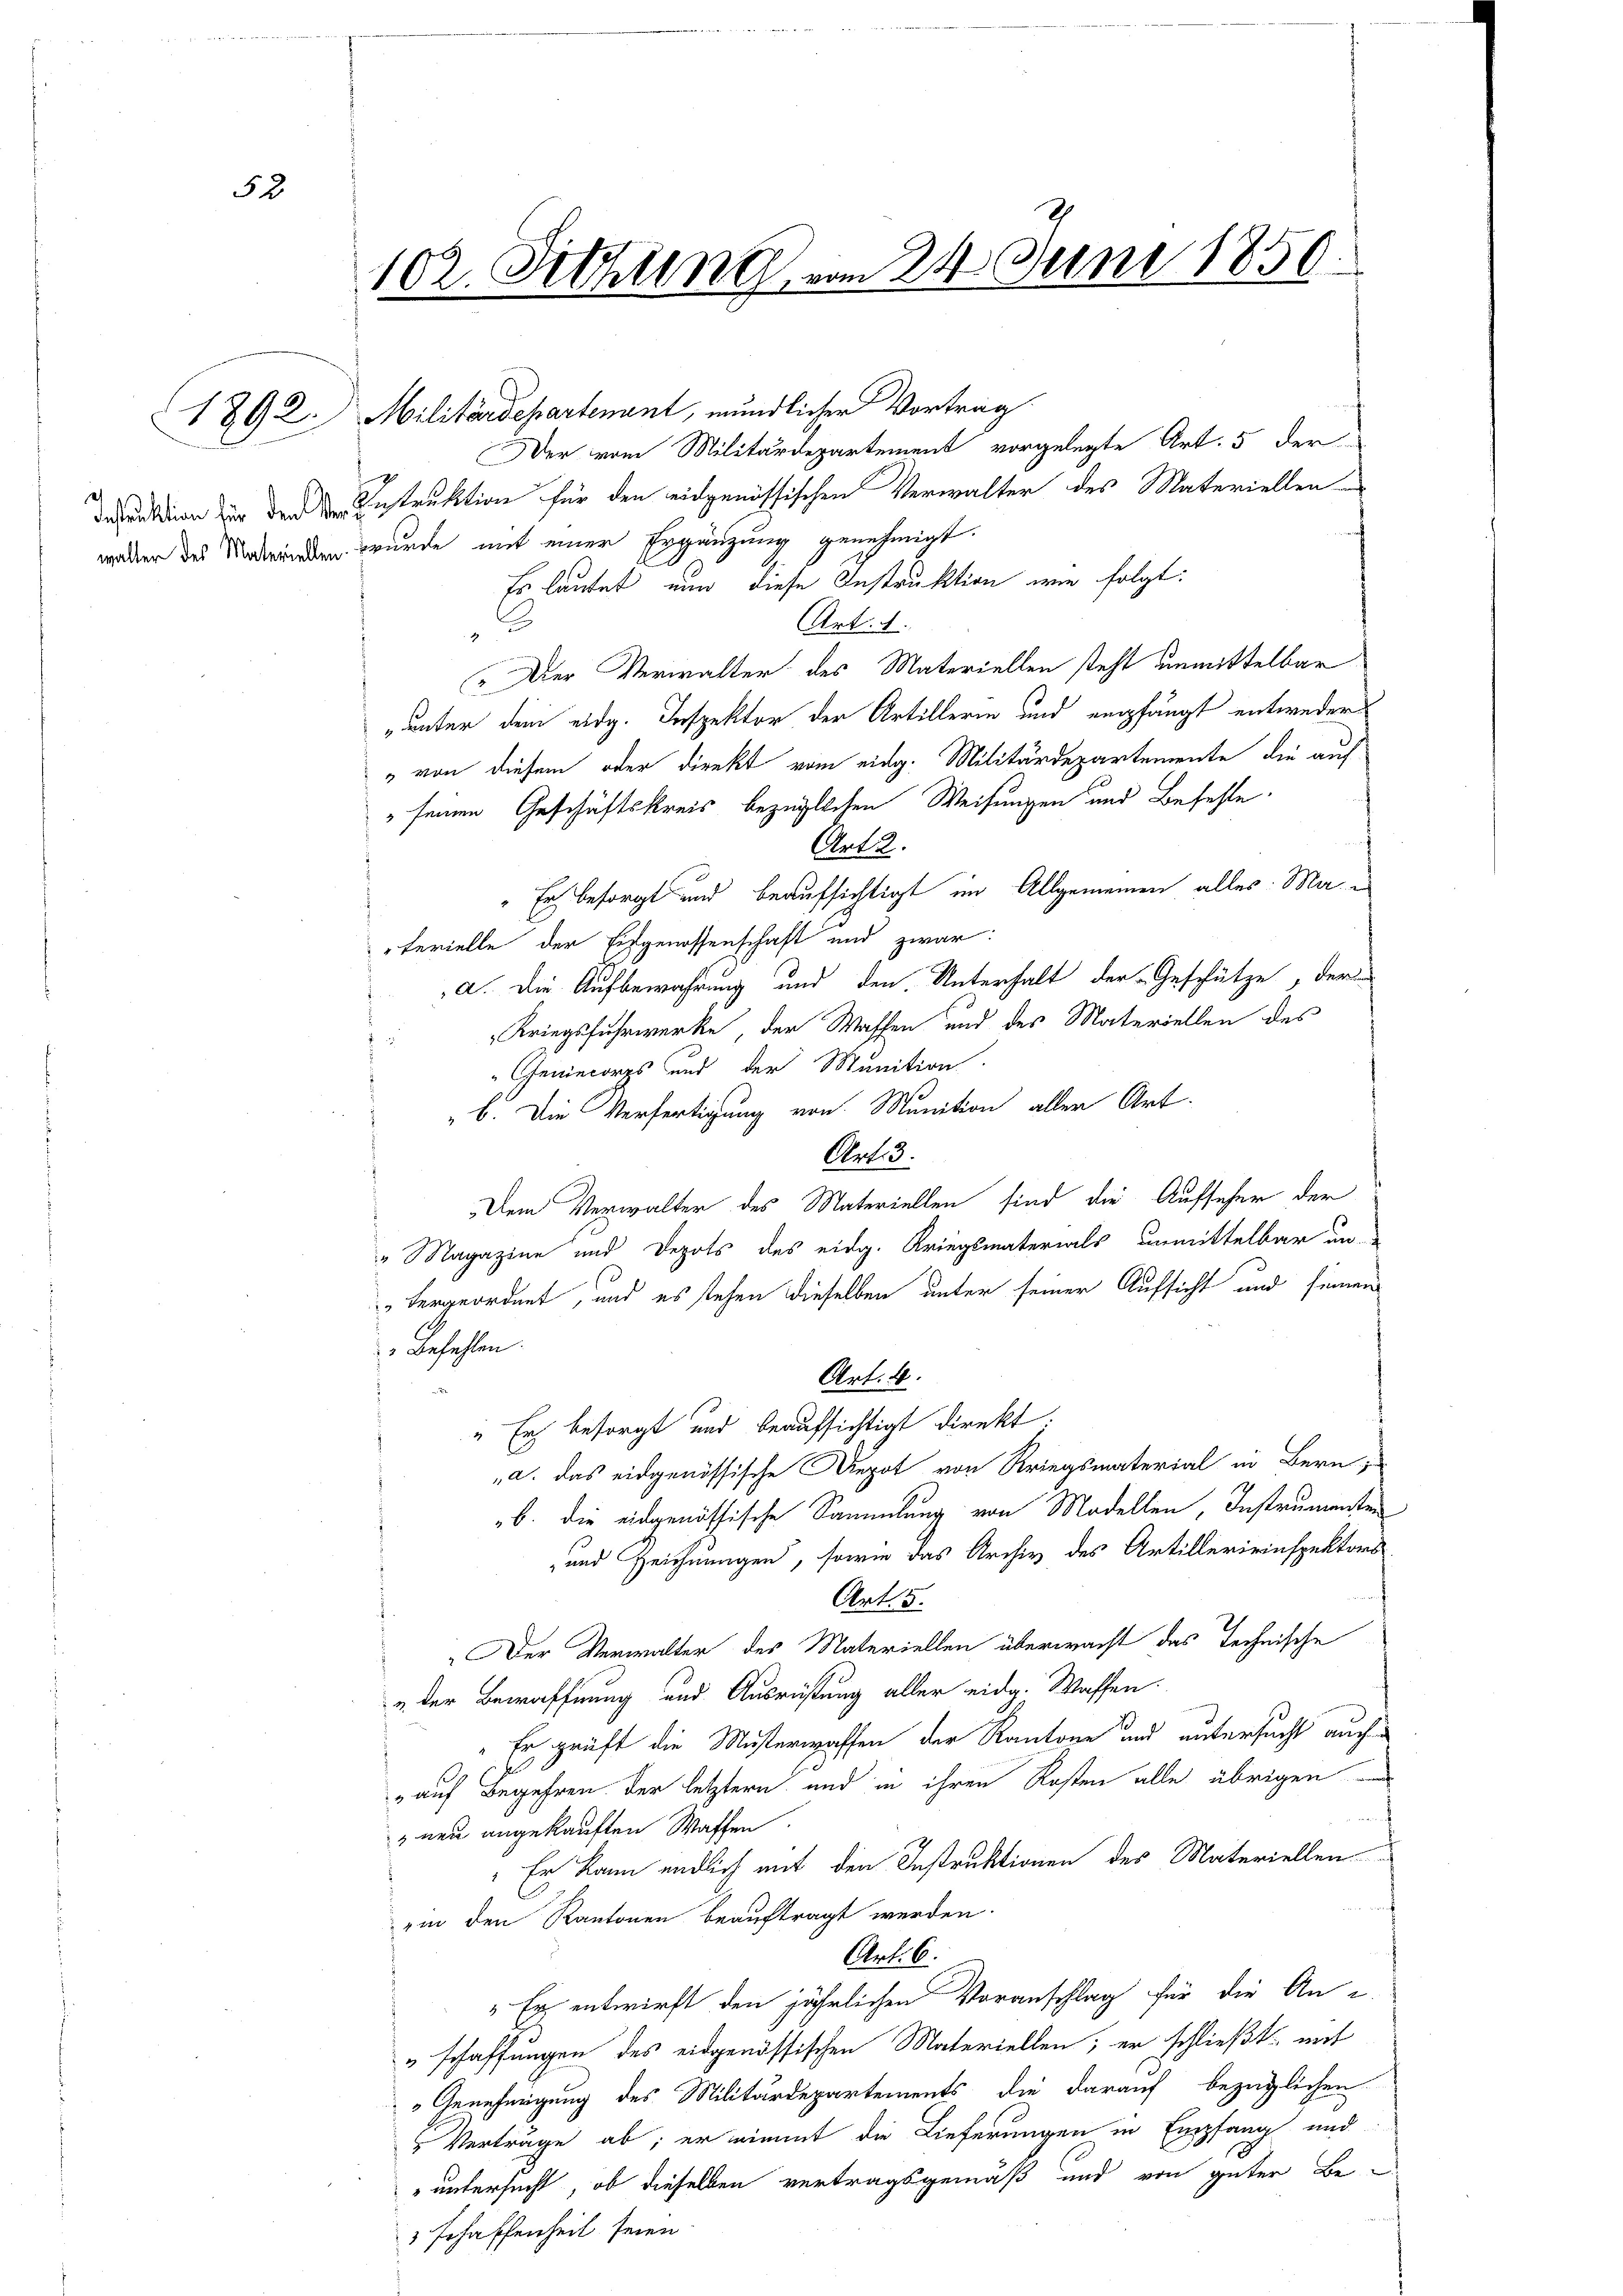
52

102. Setzung vom 24. Juni 1850.

1892. Militärdepartenant, mündlicher Vortrag
Der vom Militärdepartement vorgelegte Art. 5 der
dation der der Instruktion für den eidgenössischen Verwalter des Materiellen
walter des Veränden wurde mit einer Ergänzung genehmigt.
Es lautet nun diese Instruktion wie folgt:
Art. 1.
C
„Der Verwalter des Materiellen steht unmittelbar
„unter dem eidg. Inspektor der Artillerin und empfängt entweder
" von diesem oder dienkt vom eidg. Militärdepartemente die auf
" seinen Geschäftskreis bezüglichen Weisungen und Befehle
Art 2.
"Er besorgt und beaufsichtigt im Allgemeinen alles: Ma-
"Ferielle der Eidgenossenschaft und zwar:
a. Die Aufbewahrung und den Unterhalt der Geschütze, der
Kriegsfuhrwerke, der Wassen und des Materiellen des
Gencorps und der Munition.
b. Die Verfertigung von Munition aller Art.
Art. 3.
Dem Verwalter des Materiellen sind die Aufseher der
"Magazine und Depots des eidg. Kriegsmaterials unmittelbar un
" vergeordnet, und es stehen dieselben unter seiner Aufsicht und seinen
Befehlen.
Art. 4.
" Er besorgt und beaufsichtigt direkt.
a. das eidgenössische Depot von Kriegsmaterial in Bern,
b. die eidgenössische Sammlung von Modellen, Instrumenten
und Zeichnungen, sowie das Archiv des Artillerieinspektors
Art. 5.
Der Verwalter des Materiellen überwacht das Technische
u der Bewaffnung und Ausrüstung aller eidg. Wassen.
Er prüft die Musterwaffen der Kantone und untersucht auche
„auf Begehren der letztern und in ihren Kosten alle übrigen
 neu angekauften Waffen.
 Er kann endlich mit den Instruktionen des Materiellen
ein den Kantonen beauftragt werden.
Art. 6.
" Er entwurft den jährlichen Voranschlag für die An-
"schaffungen des eidgenössischen Materiellen; er schließt mit
Genehmigung des Militärdepartements, die darauf bezüglichen
 Verträge ab; er nimmt die Lieferungen in Empfang und
" untersucht, ob dieselben vertragsgemäß und von guter Be
3 Schaffenheit seien